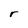
Character: r